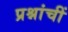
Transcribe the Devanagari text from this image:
प्रश्नांचीं